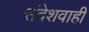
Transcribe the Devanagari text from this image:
संदेशवाही